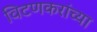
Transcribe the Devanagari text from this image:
विटणकरांच्या